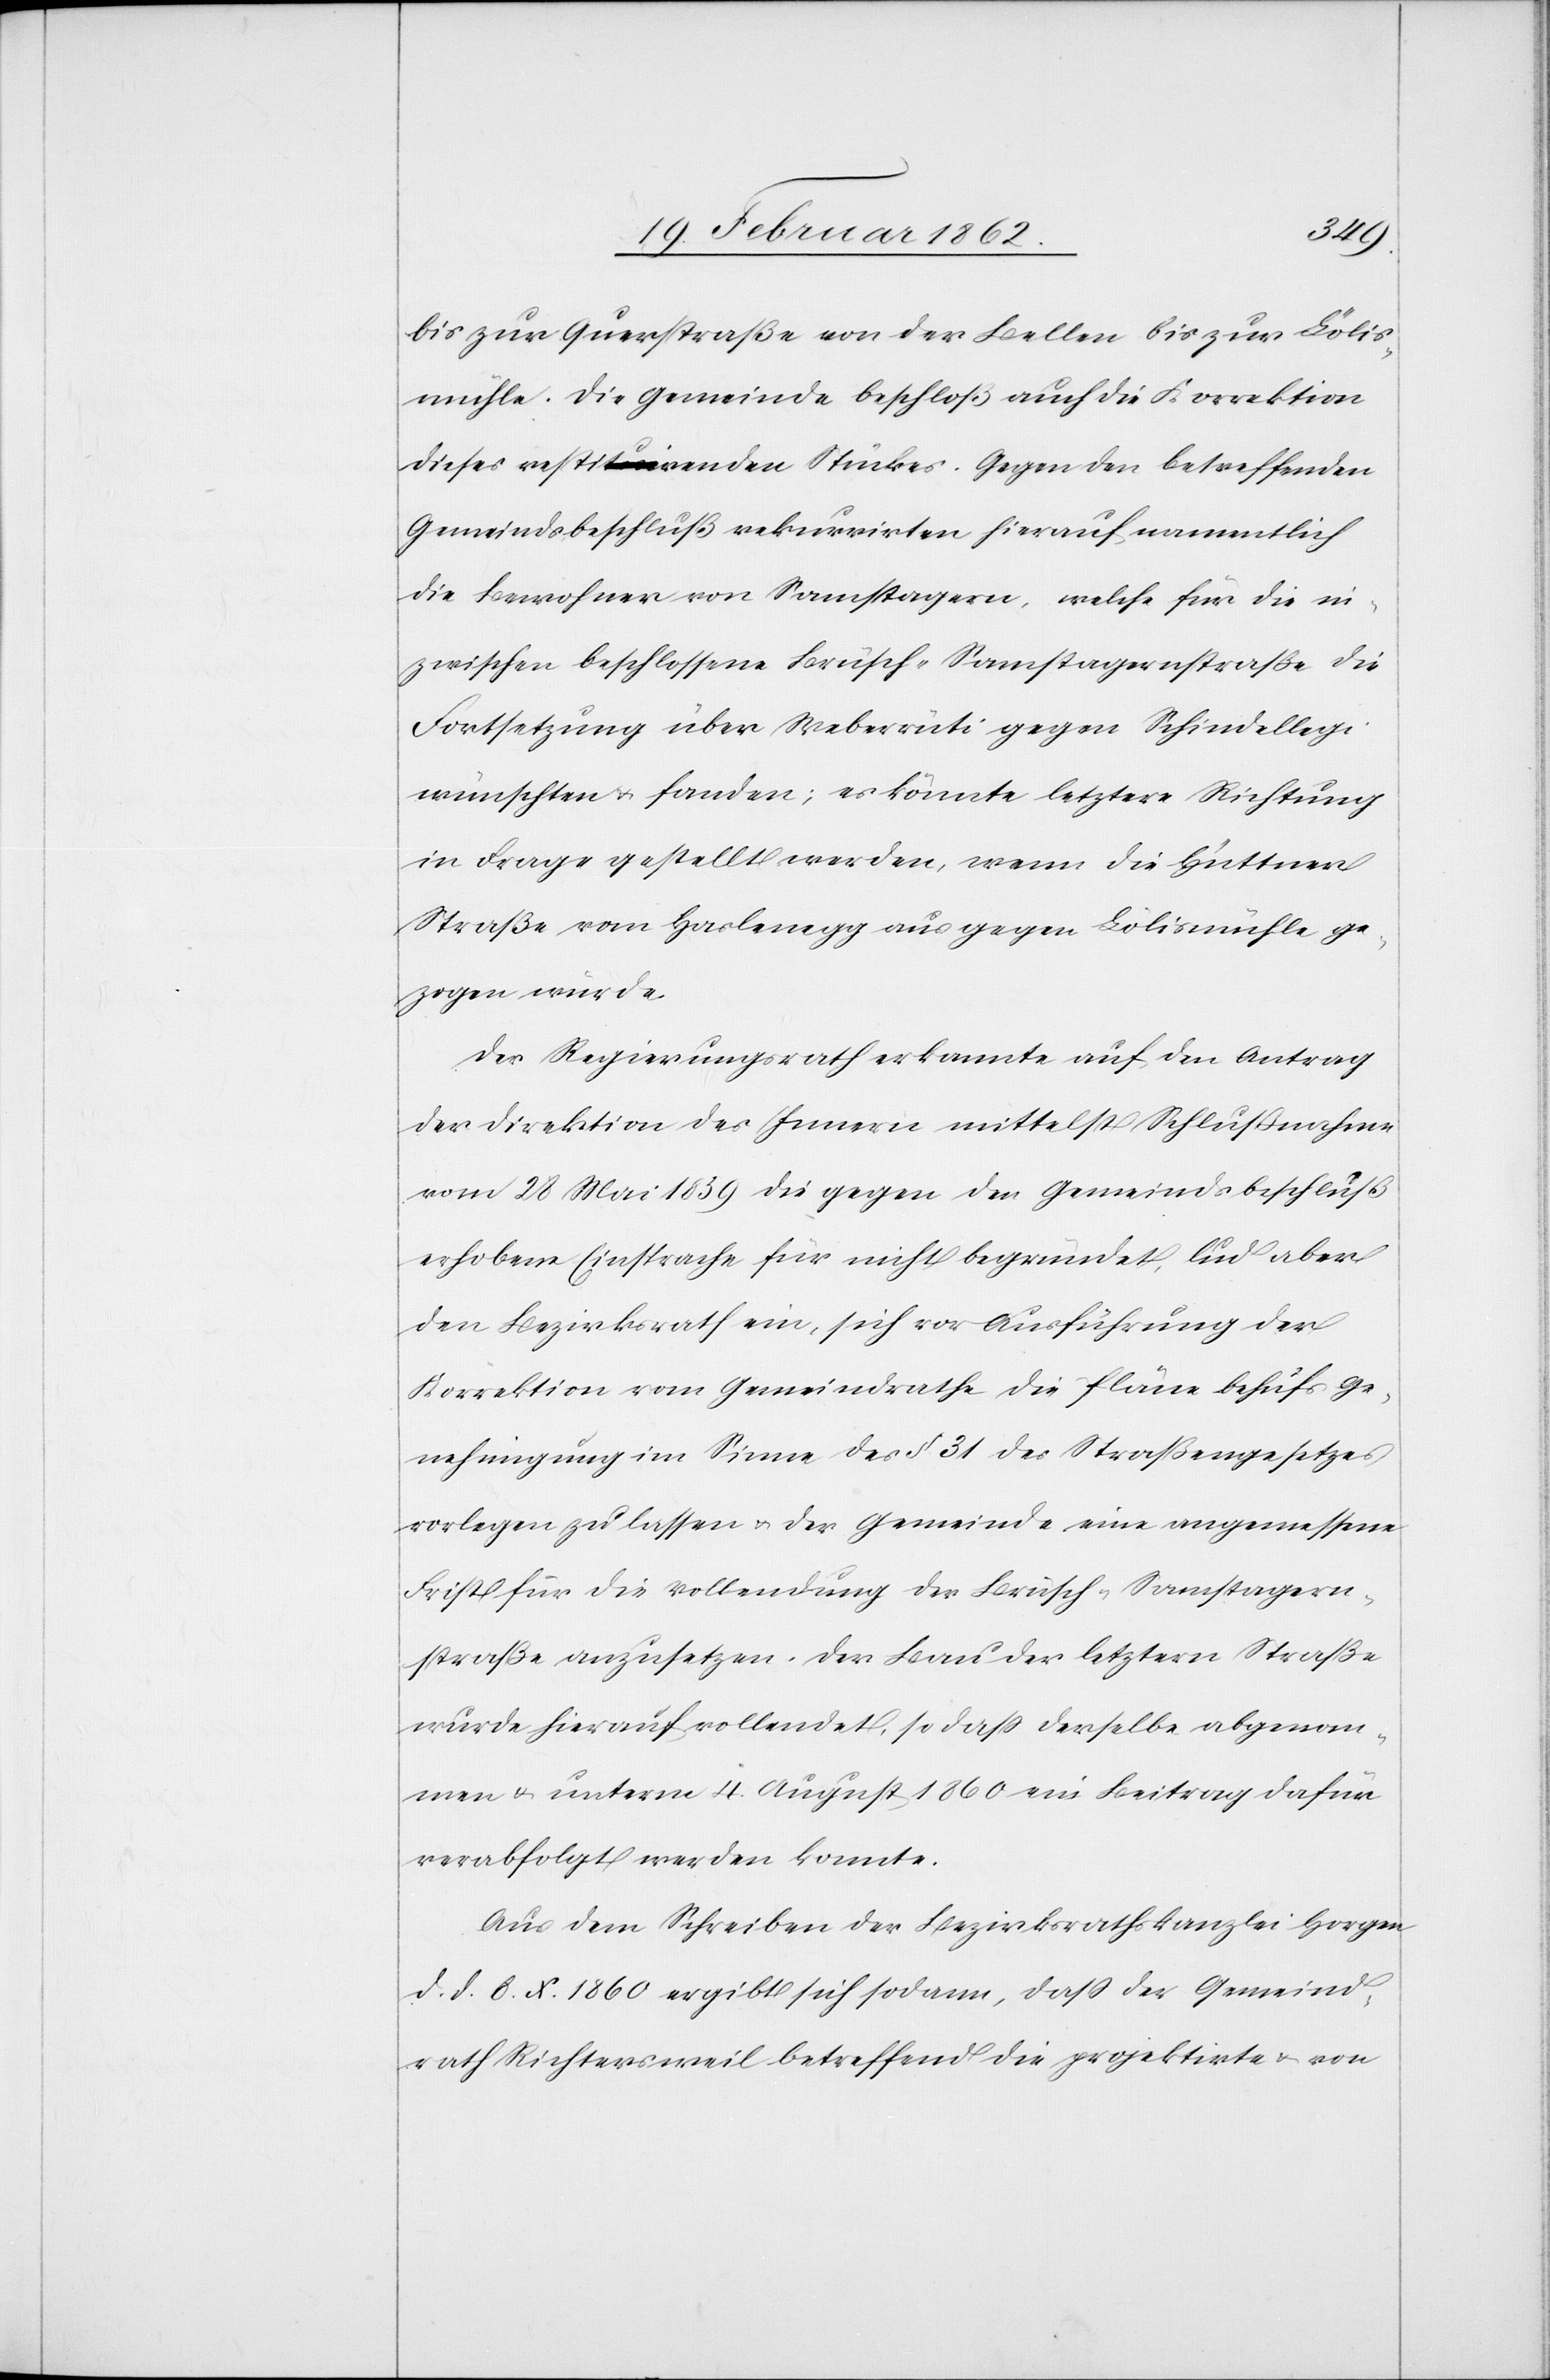
bis zur Querstraße von der Bellen bis zur Lölis¬
mühle. Die Gemeinde beschloß auch die Korrektion
dieses restirenden Stückes. Gegen den betreffenden
Gemeindsbeschluß rekurrirten hierauf namentlich
die Bewohner von Samstagern, welche für die in¬
zwischen beschlossene Brüsch–Samstagernstraße die
Fortsetzung über Weberrüti gegen Schindellegi
wünschten u. fanden, es könnte letztere Richtung
in Frage gestellt werden, wenn die Hüttner
Straße vom Haslenegg aus gegen Lölismühle ge¬
zogen würde.
Der Regierungsrath erkannte auf den Antrag
der Direktion des Innern mittelst Schlußnahme
vom 28 Mai 1859 die gegen den Gemeindsbeschluß
erhobene Einsprache für nicht begründet, lud aber
den Bezirksrath ein, sich vor Ausführung der
Korrektion vom Gemeindrathe die Pläne behufs Ge¬
nehmigung im Sinne des § 31 des Straßengesetzes
vorlegen zu lassen u. der Gemeinde eine angemessene
Frist für die Vollendung der Brüsch–Samstagern¬
straße anzusetzen. Der Bau der letztern Straße
wurde hierauf vollendet, so daß derselbe abgenom¬
men u. unterm 4. August 1860 ein Beitrag dafür
verabfolgt werden konnte.
Aus dem Schreiben der Bezirksrathskanzlei Horgen
d. d. 8. X. 1860 ergibt sich sodann, daß der Gemeind¬
rath Richtersweil betreffend die projektirte u. von